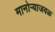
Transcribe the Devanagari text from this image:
मानोऱ्याजवळ